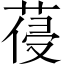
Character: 葠